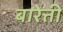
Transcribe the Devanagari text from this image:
बारेत्ती